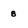
Character: 8